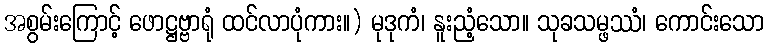
အစွမ်းကြောင့် ဖောဋ္ဌဗ္ဗာရုံ ထင်လာပုံကား။) မုဒုကံ၊ နူးညံ့သော။ သုခသမ္ဖဿံ၊ ကောင်းသော